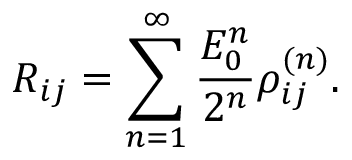
R _ { i j } = \sum _ { n = 1 } ^ { \infty } \frac { { \cal E } _ { 0 } ^ { n } } { 2 ^ { n } } \rho _ { i j } ^ { ( n ) } .